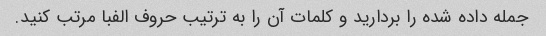
جمله داده شده را بردارید و کلمات آن را به ترتیب حروف الفبا مرتب کنید.